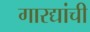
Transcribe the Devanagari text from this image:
गारद्यांची